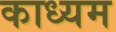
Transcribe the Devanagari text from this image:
काध्यम